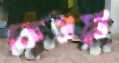
কেওয়া